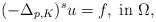
LaTeX: \begin{align*}(-\Delta_{p,K})^su= f,\mbox{ in }\Omega, \end{align*}